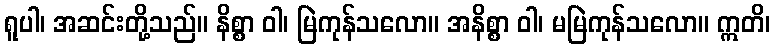
ရူပါ၊ အဆင်းတို့သည်။ နိစ္စာ ဝါ၊ မြဲကုန်သလော။ အနိစ္စာ ဝါ၊ မမြဲကုန်သလော။ ဣတိ၊